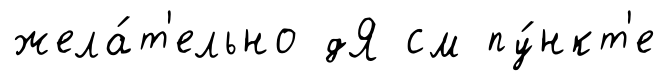
жела́т'ельно дЯ см пу́нкт'е